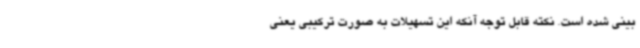
بینی شده است. نکته قابل توجه آنکه این تسهیلات به صورت ترکیبی یعنی